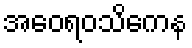
အဝေရဝသိကေန